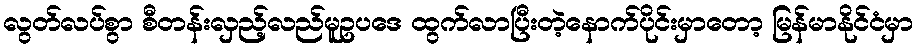
လွတ်လပ်စွာ စီတန်းလှည့်လည်မူဥပဒေ ထွက်လာပြီးတဲ့နောက်ပိုင်းမှာတော့ မြန်မာနိုင်ငံမှာ